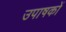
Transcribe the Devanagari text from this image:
उपाषकों